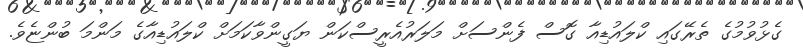
ގެޅުވުމުގެ ތެރޭގައި ކްލައުޑިއާ ގޮސް ފެންސަށް މަލަރުއެރީސްކަން ޔަގީންވާކަމަށް ކްލައުޑިއާގެ މަންމަ ބުންޏެވެ.